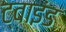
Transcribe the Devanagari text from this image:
ट्वाइंड